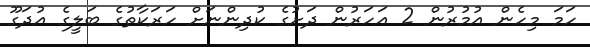
ހަމަ މިހެން އުމުރުން 2 އަހަރުން ދަށުގެ ކުދިންނަށް ހަރަކާތުގެ ބަލީގެ އުދަގޫ